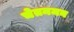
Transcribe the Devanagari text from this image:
चेतनमन